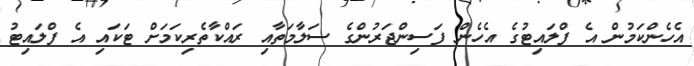
އެހެންކަމުން އެ ފްލައިޓުގެ އެހެން ފަސިންޖަރުންގެ ސަލާމަތާއި ރައްކާތެރިކަމަށް ޓަކައި އެ ފްލައިޓު